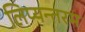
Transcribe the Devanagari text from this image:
लिप्यन्तरम